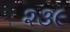
૨૩૯